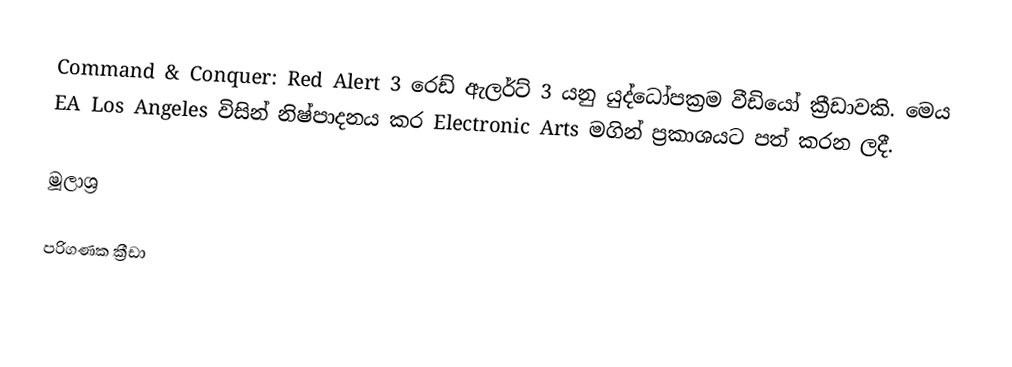
Command & Conquer: Red Alert 3 රෙඩ් ඇලර්ට් 3 යනු යුද්ධෝපක්‍රම වීඩියෝ ක්‍රීඩාවකි.  මෙය EA Los Angeles විසින් නිෂ්පාදනය කර   Electronic Arts මගින් ප්‍රකාශයට පත් කරන ලදී.

මූලාශ්‍ර

පරිගණක ක්‍රීඩා